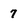
Character: 7